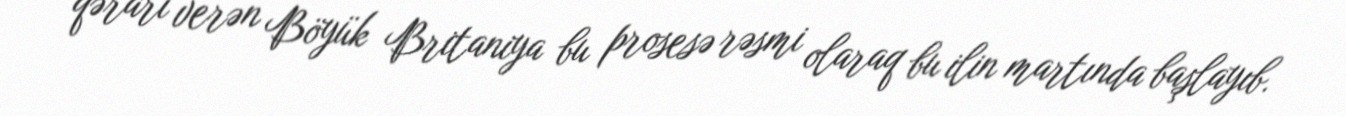
qərarı verən Böyük Britaniya bu prosesə rəsmi olaraq bu ilin martında başlayıb.